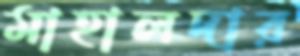
মাহালদার